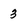
Character: 3